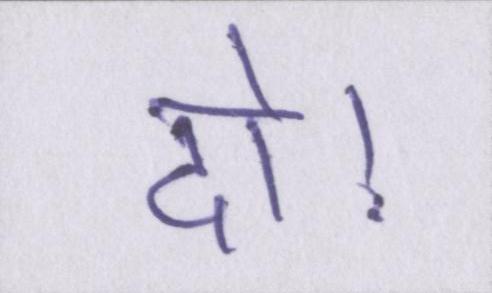
दो।